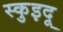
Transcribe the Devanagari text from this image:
स्कुइदू